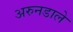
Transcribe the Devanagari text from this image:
अरुनडाले